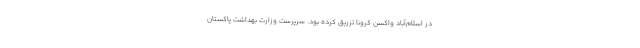
در اسلام‌آباد واکسن کرونا تزریق کرده بود. سرپرست وزارت بهداشت پاکستان